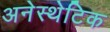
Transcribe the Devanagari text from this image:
अनेस्थेटिक